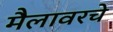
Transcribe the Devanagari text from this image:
मैलावरचे